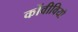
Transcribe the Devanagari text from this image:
कोंवीवियो